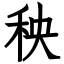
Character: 秧